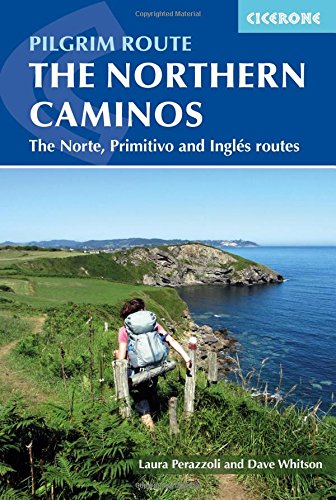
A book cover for The Northern Caminos; dave whitson; Travel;